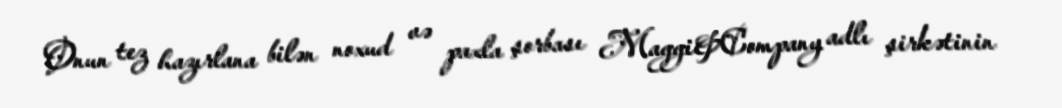
Onun tez hazırlana bilən noxud və paxla şorbası Maggi&Company adlı şirkətinin